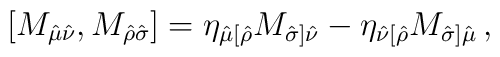
\left[M_{\hat\mu\hat\nu},M_{\hat\rho\hat\sigma}\right]=\eta_{\hat\mu[\hat\rho}M_{\hat\sigma]\hat\nu}-\eta_{\hat\nu[\hat\rho}M_{\hat\sigma]\hat\mu} \,,